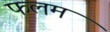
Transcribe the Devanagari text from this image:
फलम